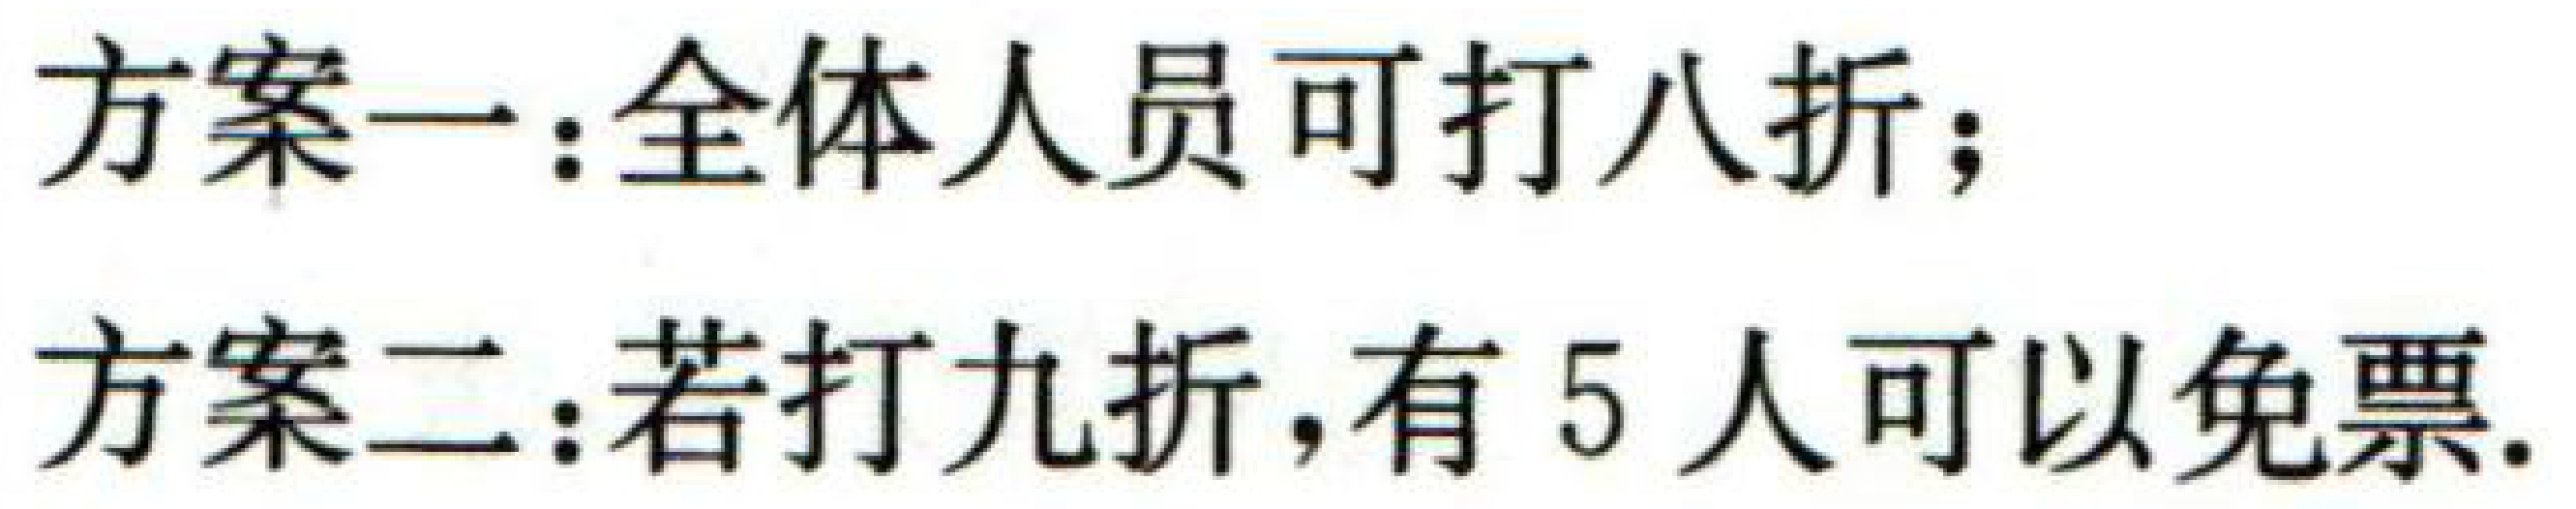
方案一：全体人员可打八折；
方案二：若打九折，有 5 人可以免票.